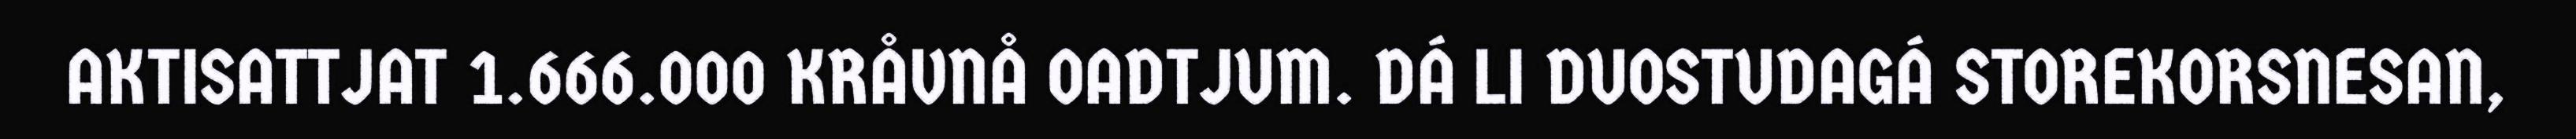
AKTISATTJAT 1.666.000 KRÅVNÅ OADTJUM. DÁ LI DUOSTUDAGÁ STOREKORSNESAN,